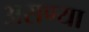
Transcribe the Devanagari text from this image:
असण्या